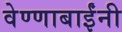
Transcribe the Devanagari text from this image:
वेण्णाबाईंनी